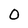
Character: O